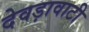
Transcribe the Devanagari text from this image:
देवड़ावाटी